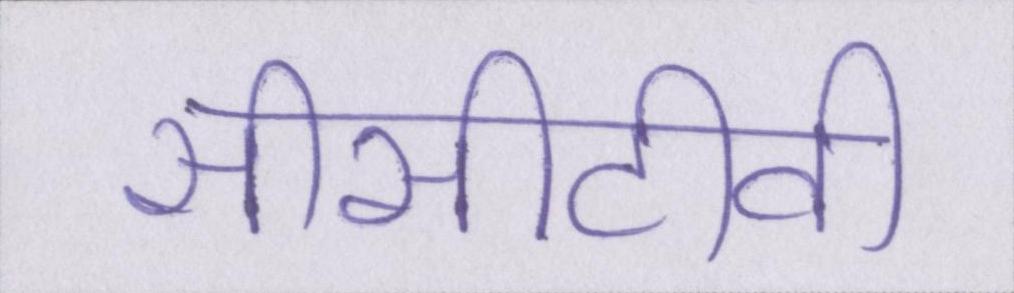
सीसीटीवी